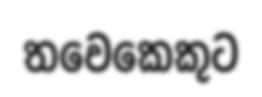
තවෙකෙකුට